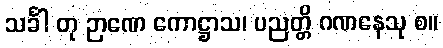
သင်္ခါ တု ဉာဏေ ကောဋ္ဌာသ၊ ပညတ္တိ ဂဏနေသု စ။